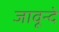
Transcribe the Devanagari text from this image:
जावून्दे